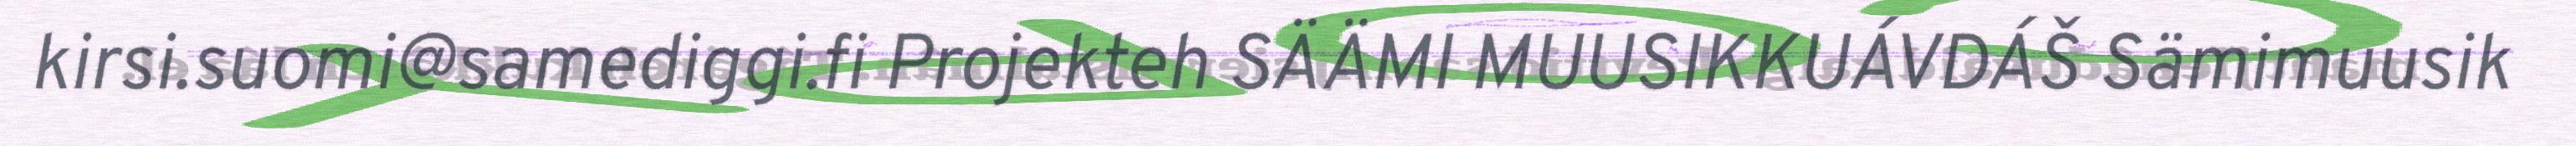
kirsi.suomi@samediggi.fi Projekteh SÄÄMI MUUSIKKUÁVDÁŠ Sämimuusik